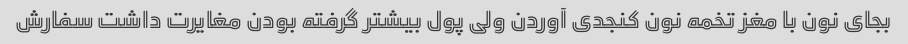
بجای نون با مغز تخمه نون کنجدی آوردن ولی پول بیشتر گرفته بودن مغایرت داشت سفارش